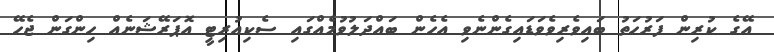
އޭގެ ކުރިން ފަރުހަތު ބައިވެރިވެވަޑައިގެންނެވި އެހެން ބައްދަލުވުމެއްގައި ސެކިއުރިޓީ އޮޕަރޭޝަނެއް ހިންގަން ޖެހޭ